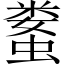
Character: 𱿻